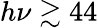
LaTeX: h\nu\gtrsim 44